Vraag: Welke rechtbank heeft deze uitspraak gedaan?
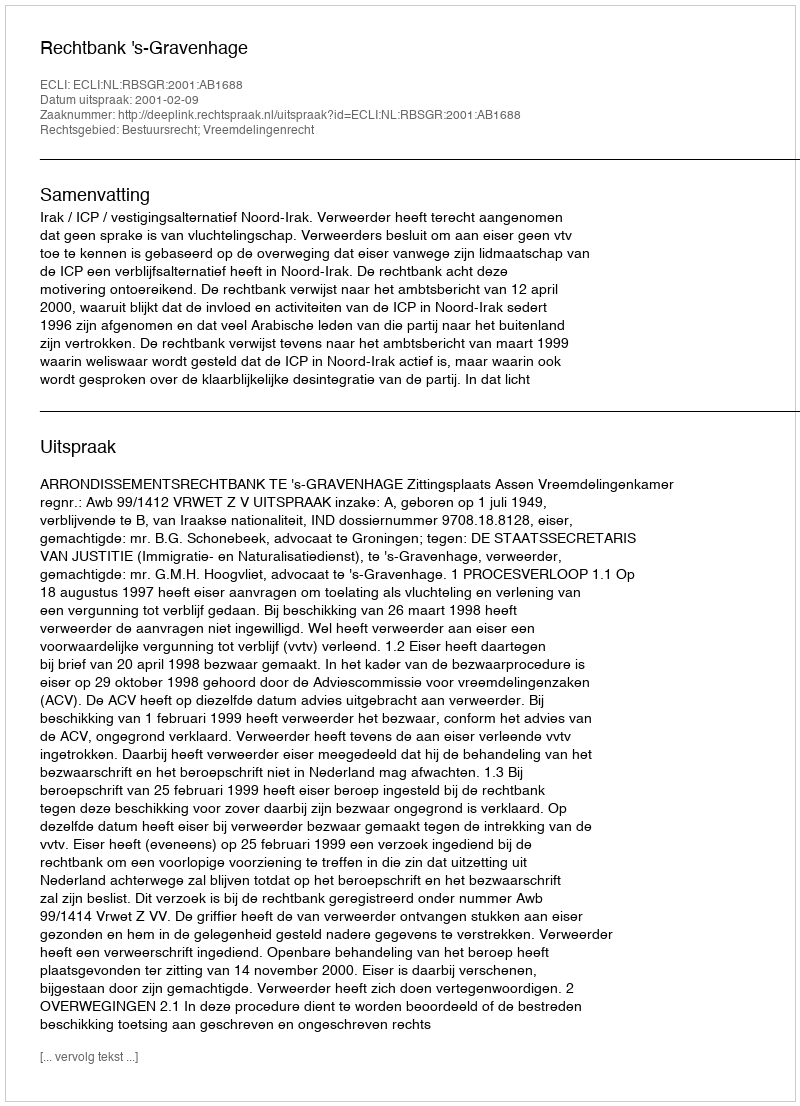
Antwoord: Rechtbank 's-Gravenhage